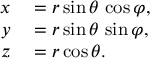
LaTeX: \begin{array} { r l } { x } & { { } = r \sin \theta \, \cos \varphi , } \\ { y } & { { } = r \sin \theta \, \sin \varphi , } \\ { z } & { { } = r \cos \theta . } \end{array}